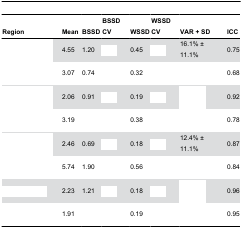
<table><thead><tr><td><b>Region</b></td><td><b>Mean</b></td><td><b>BSSD</b></td><td><b> BSSD CV</b></td><td><b>WSSD</b></td><td><b>WSSD CV</b></td><td><b>VAR + SD</b></td><td><b>ICC</b></td></tr></thead><tbody><tr><td>[EMPTY_CELL]</td><td> 4.55 </td><td> 1.20 </td><td>[EMPTY_CELL]</td><td> 0.45 </td><td>[EMPTY_CELL]</td><td> 16.1% ± 11.1% </td><td> 0.75 </td></tr><tr><td>[EMPTY_CELL]</td><td> 3.07 </td><td> 0.74 </td><td>[EMPTY_CELL]</td><td> 0.32 </td><td>[EMPTY_CELL]</td><td>[EMPTY_CELL]</td><td> 0.68 </td></tr><tr><td>[EMPTY_CELL]</td><td> 2.06 </td><td> 0.91 </td><td>[EMPTY_CELL]</td><td> 0.19 </td><td>[EMPTY_CELL]</td><td>[EMPTY_CELL]</td><td> 0.92 </td></tr><tr><td>[EMPTY_CELL]</td><td> 3.19 </td><td>[EMPTY_CELL]</td><td>[EMPTY_CELL]</td><td> 0.38 </td><td>[EMPTY_CELL]</td><td>[EMPTY_CELL]</td><td> 0.78 </td></tr><tr><td>[EMPTY_CELL]</td><td> 2.46 </td><td> 0.69 </td><td>[EMPTY_CELL]</td><td> 0.18 </td><td>[EMPTY_CELL]</td><td> 12.4% ± 11.1% </td><td> 0.87 </td></tr><tr><td>[EMPTY_CELL]</td><td> 5.74 </td><td> 1.90 </td><td>[EMPTY_CELL]</td><td> 0.56 </td><td>[EMPTY_CELL]</td><td>[EMPTY_CELL]</td><td> 0.84 </td></tr><tr><td>[EMPTY_CELL]</td><td> 2.23 </td><td> 1.21 </td><td>[EMPTY_CELL]</td><td> 0.18 </td><td>[EMPTY_CELL]</td><td>[EMPTY_CELL]</td><td> 0.96 </td></tr><tr><td>[EMPTY_CELL]</td><td> 1.91 </td><td>[EMPTY_CELL]</td><td>[EMPTY_CELL]</td><td> 0.19 </td><td>[EMPTY_CELL]</td><td>[EMPTY_CELL]</td><td> 0.95 </td></tr></tbody></table>